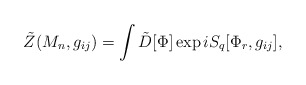
\begin{align*}\tilde{Z}(M_{n},g_{ij})=\int\tilde{D}[\Phi]\exp iS_{q}[\Phi_{r},g_{ij}],\end{align*}